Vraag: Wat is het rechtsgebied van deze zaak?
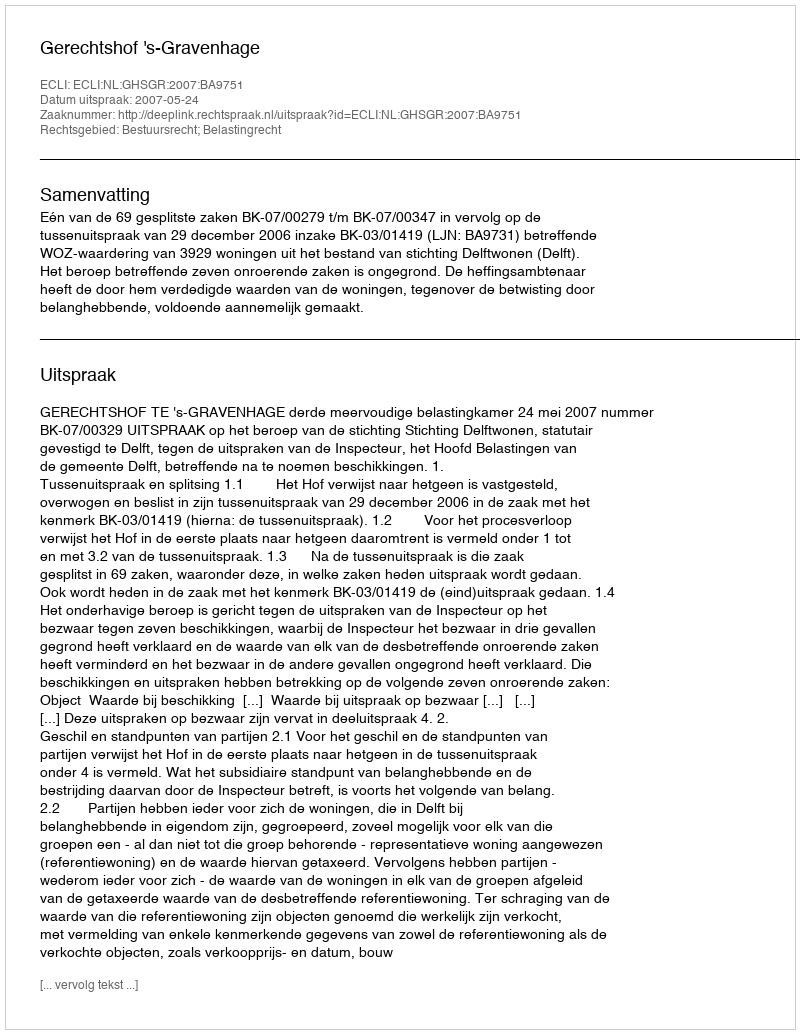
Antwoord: Bestuursrecht; Belastingrecht